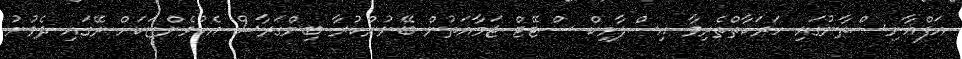
އަފްޣާނިސްތާނުގައި ހަރަކާތްތެރިވާ އިސްލާމިކް ސްޓޭޓް ޖަމާއަތުން ބޭނުންކުރާ ބިންގަރާސް އެކުވެންޏަކަށް ރޭގައި ދެވުނު